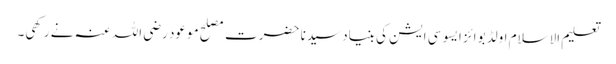
تعلیم الاسلام اولڈ بوائز ایسو سی ایشن کی بنیاد سیدنا حضرت مصلح موعود رضی اللہ عنہ نے رکھی۔